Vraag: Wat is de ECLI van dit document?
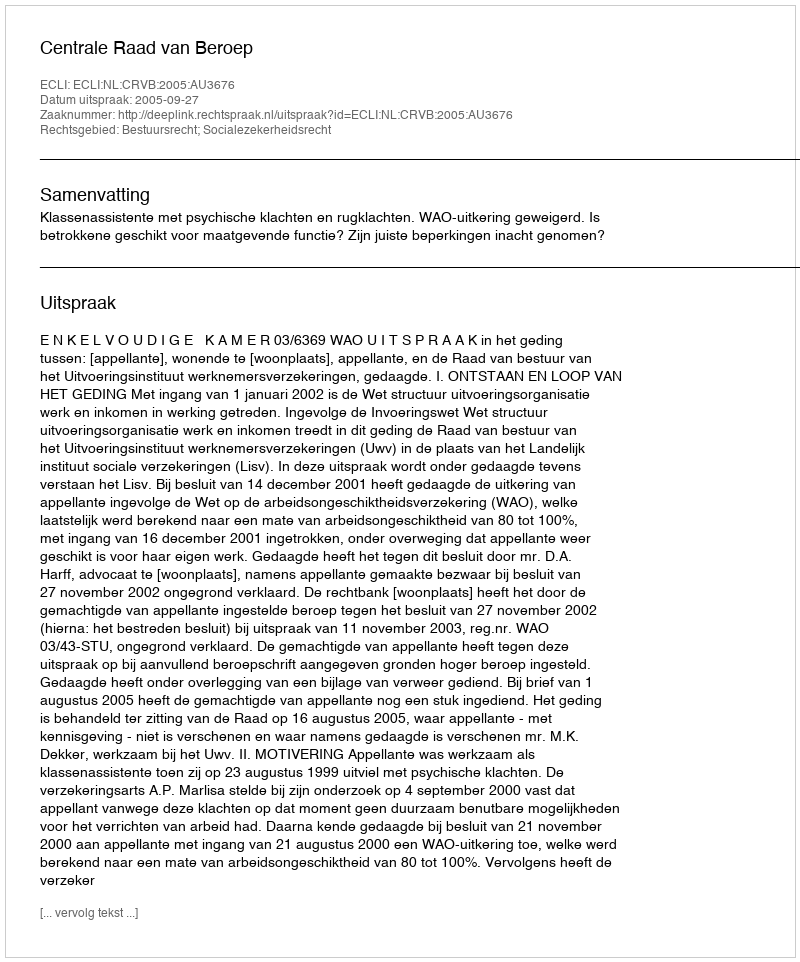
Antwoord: ECLI:NL:CRVB:2005:AU3676